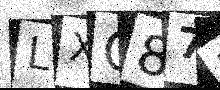
Text: LXO87F